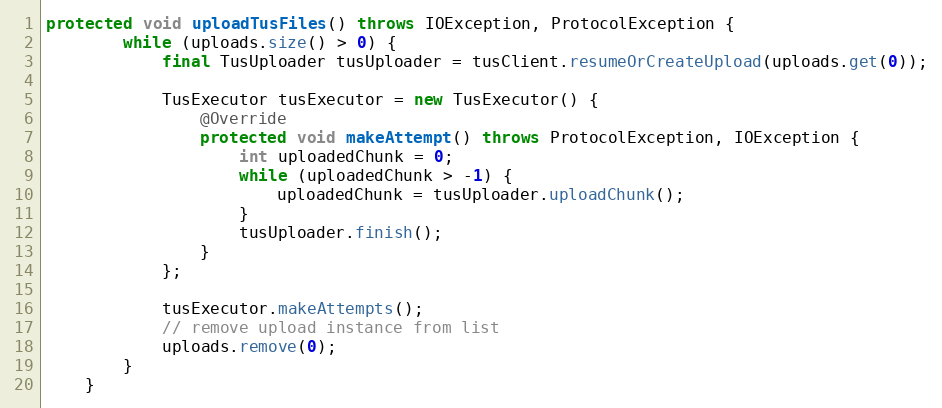
Language: Java
protected void uploadTusFiles() throws IOException, ProtocolException {
        while (uploads.size() > 0) {
            final TusUploader tusUploader = tusClient.resumeOrCreateUpload(uploads.get(0));

            TusExecutor tusExecutor = new TusExecutor() {
                @Override
                protected void makeAttempt() throws ProtocolException, IOException {
                    int uploadedChunk = 0;
                    while (uploadedChunk > -1) {
                        uploadedChunk = tusUploader.uploadChunk();
                    }
                    tusUploader.finish();
                }
            };

            tusExecutor.makeAttempts();
            // remove upload instance from list
            uploads.remove(0);
        }
    }